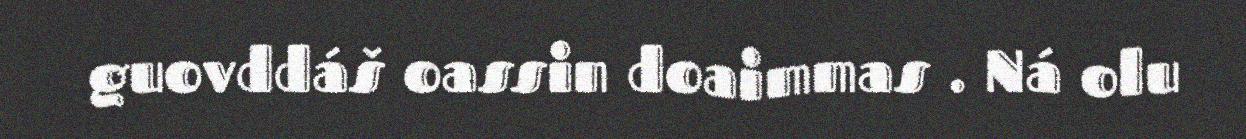
guovddáš oassin doaimmas . Ná olu